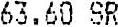
63.60 SR